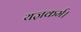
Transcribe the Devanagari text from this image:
यज्ञकर्म।